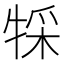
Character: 𤚀